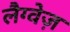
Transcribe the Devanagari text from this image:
लैग्वेज़